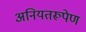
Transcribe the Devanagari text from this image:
अनियतरूपेण